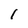
Character: l